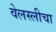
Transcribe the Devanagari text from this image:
वेलस्लीचा